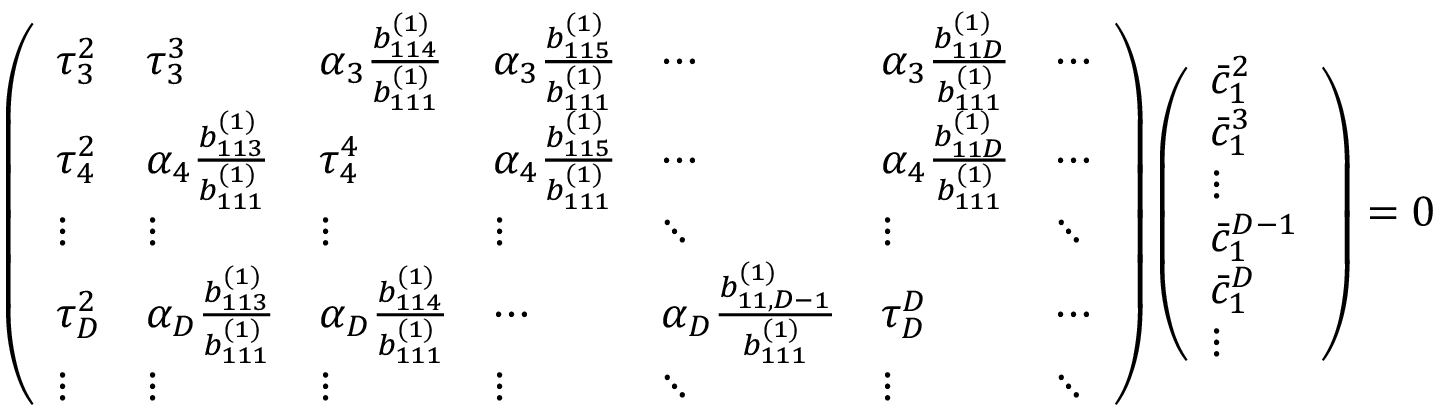
\left( \begin{array} { l l l l l l l } { \tau _ { 3 } ^ { 2 } } & { \tau _ { 3 } ^ { 3 } } & { \alpha _ { 3 } \frac { b _ { 1 1 4 } ^ { ( 1 ) } } { b _ { 1 1 1 } ^ { ( 1 ) } } } & { \alpha _ { 3 } \frac { b _ { 1 1 5 } ^ { ( 1 ) } } { b _ { 1 1 1 } ^ { ( 1 ) } } } & { \cdots } & { \alpha _ { 3 } \frac { b _ { 1 1 D } ^ { ( 1 ) } } { b _ { 1 1 1 } ^ { ( 1 ) } } } & { \cdots } \\ { \tau _ { 4 } ^ { 2 } } & { \alpha _ { 4 } \frac { b _ { 1 1 3 } ^ { ( 1 ) } } { b _ { 1 1 1 } ^ { ( 1 ) } } } & { \tau _ { 4 } ^ { 4 } } & { \alpha _ { 4 } \frac { b _ { 1 1 5 } ^ { ( 1 ) } } { b _ { 1 1 1 } ^ { ( 1 ) } } } & { \cdots } & { \alpha _ { 4 } \frac { b _ { 1 1 D } ^ { ( 1 ) } } { b _ { 1 1 1 } ^ { ( 1 ) } } } & { \cdots } \\ { \vdots } & { \vdots } & { \vdots } & { \vdots } & { \ddots } & { \vdots } & { \ddots } \\ { \tau _ { D } ^ { 2 } } & { \alpha _ { D } \frac { b _ { 1 1 3 } ^ { ( 1 ) } } { b _ { 1 1 1 } ^ { ( 1 ) } } } & { \alpha _ { D } \frac { b _ { 1 1 4 } ^ { ( 1 ) } } { b _ { 1 1 1 } ^ { ( 1 ) } } } & { \cdots } & { \alpha _ { D } \frac { b _ { 1 1 , D - 1 } ^ { ( 1 ) } } { b _ { 1 1 1 } ^ { ( 1 ) } } } & { \tau _ { D } ^ { D } } & { \cdots } \\ { \vdots } & { \vdots } & { \vdots } & { \vdots } & { \ddots } & { \vdots } & { \ddots } \end{array} \right) \left( \begin{array} { l } { \bar { c } _ { 1 } ^ { 2 } } \\ { \bar { c } _ { 1 } ^ { 3 } } \\ { \vdots } \\ { \bar { c } _ { 1 } ^ { D - 1 } } \\ { \bar { c } _ { 1 } ^ { D } } \\ { \vdots } \end{array} \right) = \boldsymbol { 0 }